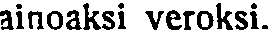
ainoaksi veroksi.